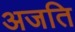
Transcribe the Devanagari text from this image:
अजति